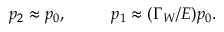
p _ { 2 } \approx p _ { 0 } , \ \ \ \ \ \ \ \ p _ { 1 } \approx ( \Gamma _ { W } / E ) p _ { 0 } .